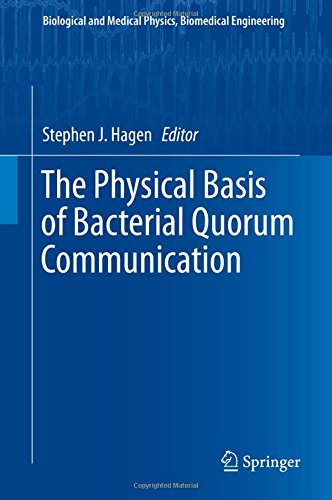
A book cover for The Physical Basis of Bacterial Quorum Communication (Biological and Medical Physics, Biomedical Engineering); Medical Books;